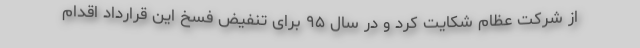
از شرکت عظام شکایت کرد و در سال ۹۵ برای تنفیض فسخ این قرارداد اقدام